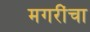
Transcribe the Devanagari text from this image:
मगरींचा